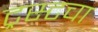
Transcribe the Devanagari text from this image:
ट्रस्टचा